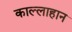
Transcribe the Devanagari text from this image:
काल्लाहान